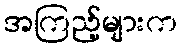
အကြည့်များက